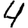
Digit: 4